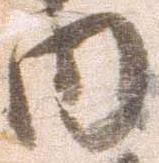
内